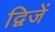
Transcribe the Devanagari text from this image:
द्विजें